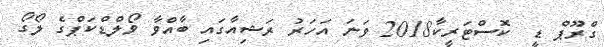
ގްރޫޕް ޑީ  ކޮސްޓަރީކާ2018 ވަނަ އަހަރު ރަޝިއާގައި ބާއްވާ ވޯލްޑްކަޕްގެ ލޯގޯ